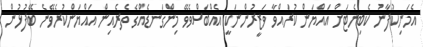
އެމަނިކުފާނު ކެބިނެޓަށް އައްޔަން ކުރައްވާ ވަޒީރުންނަކީ އެއްބަސްވެވޭ މިންގަނޑެއްގެ ތެރެއިން އައްޔަންކުރެވޭނެ ބޭފުޅުން